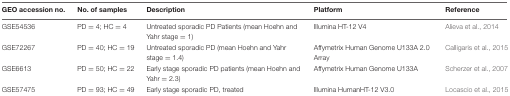
| GEO accession no. | No. of samples | Description | Platform | Reference |
 | --- | --- | --- | --- | --- |
 | GSE54536 | PD = 4; HC = 4 | Untreated sporadic PD Patients (mean Hoehn and Yahr stage = 1) | Illumina HT-12 V4 | Alieva et al., 2014 |
 | GSE72267 | PD = 40; HC = 19 | Untreated sporadic PD (mean Hoehn and Yahr stage = 1.4) | Affymetrix Human Genome U133A 2.0 Array | Calligaris et al., 2015 |
 | GSE6613 | PD = 50; HC = 22 | Early stage sporadic PD patients (mean Hoehn and Yahr = 2.3) | Affymetrix Human Genome U133A | Scherzer et al., 2007 |
 | GSE57475 | PD = 93; HC = 49 | Early stage sporadic PD, treated | Illumina HumanHT-12 V3.0 | Locascio et al., 2015 |